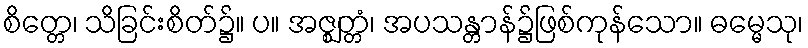
စိတ္တေ၊ သိခြင်းစိတ်၌။ ပ။ အဇ္ဈတ္တံ၊ အပသန္တာန်၌ဖြစ်ကုန်သော။ ဓမ္မေသု၊